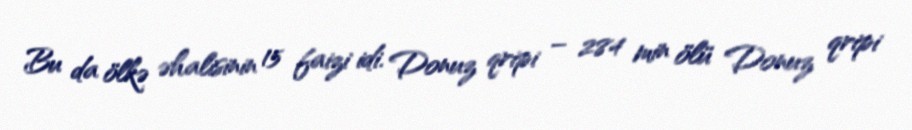
Bu da ölkə əhalisinin 15 faizi idi. Donuz qripi – 284 min ölü Donuz qripi